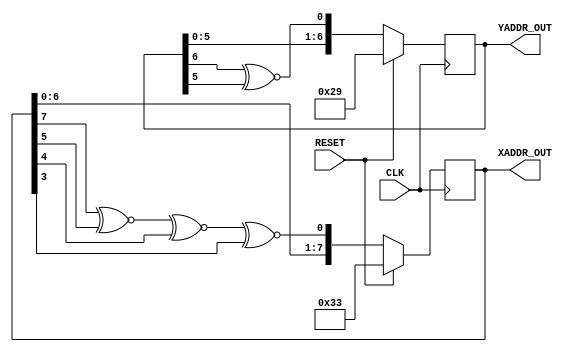
`timescale 1ns / 1ps
//////////////////////////////////////////////////////////////////////////////////
// Company: 
// Engineer: 
// 
// Design Name: 
// Module Name: LFSR
// Project Name: 
// Target Devices: 
// Tool Versions: 
// Description: 
// 
// Dependencies: 
// 
// Revision:
// Revision 0.01 - File Created
// Additional Comments:
// 
//////////////////////////////////////////////////////////////////////////////////


module LFSR(
    input CLK,
    input RESET,
    output [7:0] XADDR_OUT,
    output [6:0] YADDR_OUT
    );
    
    reg [7:0] xpixel;
    reg [6:0] ypixel;
    
    wire xOut, yOut;
    
    assign xOut = (xpixel[7]) ^~ (xpixel[5]) ^~ (xpixel[4]) ^~ (xpixel[3]);
    assign yOut = (ypixel[6]) ^~ (ypixel[5]);
    
    always@(posedge CLK) begin
        if (RESET)
            xpixel <= 8'b00110011;
        else
            xpixel = {xpixel[6:0], xOut};
    end
    
    always@(posedge CLK) begin
        if (RESET)
            ypixel <= 7'b0101001;
        else
            ypixel = {ypixel[5:0], yOut};
    end
    
    assign XADDR_OUT = xpixel;
    assign YADDR_OUT = ypixel;
    
endmodule